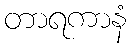
တာရကာနံ